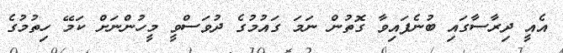
އެއީ ދިރާސާގައި ބުނެފައިވާ ގޮތުން ނަމަ ގައުމުގެ ދުވަސްވީ މީހުންނަށް ކަމޭ ހިތުމުގެ